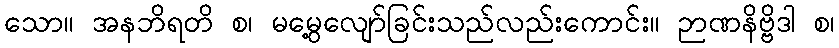
သော။ အနဘိရတိ စ၊ မမွေ့လျော်ခြင်းသည်လည်းကောင်း။ ဉာဏနိဗ္ဗိဒါ စ၊